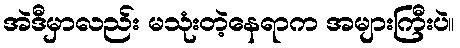
အဲဒီမှာလည်း မသုံးတဲ့နေရာက အများကြီးပဲ။